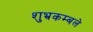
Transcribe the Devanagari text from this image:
शुभ्रकम्बले